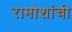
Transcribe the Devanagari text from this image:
रामोशांची